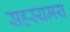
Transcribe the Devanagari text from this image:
सहस्यमय